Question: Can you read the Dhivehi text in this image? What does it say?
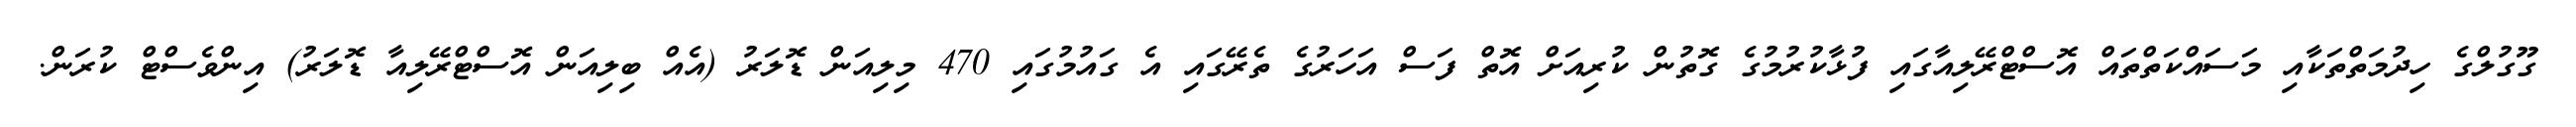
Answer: ގޫގުލްގެ ހިދުމަތްތަކާއި މަސައްކަތްތައް އޮސްޓްރޭލިއާގައި ފުޅާކުރުމުގެ ގޮތުން ކުރިއަށް އޮތް ފަސް އަހަރުގެ ތެރޭގައި އެ ގައުމުގައި 470 މިލިއަން ޑޮލަރު (އެއް ބިލިއަން އޮސްޓްރޭލިއާ ޑޮލަރު) އިންވެސްޓް ކުރަން.